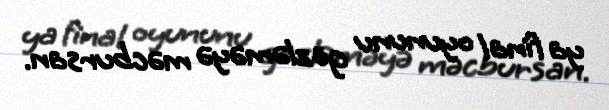
ya final oyununu gözləməyə məcbursan.